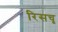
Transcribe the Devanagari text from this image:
रिसचृ